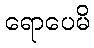
ရောပေမိ